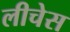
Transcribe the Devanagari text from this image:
लीचेस